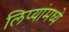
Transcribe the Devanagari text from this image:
लिप्यांमध्ये